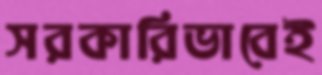
সরকারিভাবেই